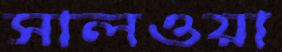
সালওয়া